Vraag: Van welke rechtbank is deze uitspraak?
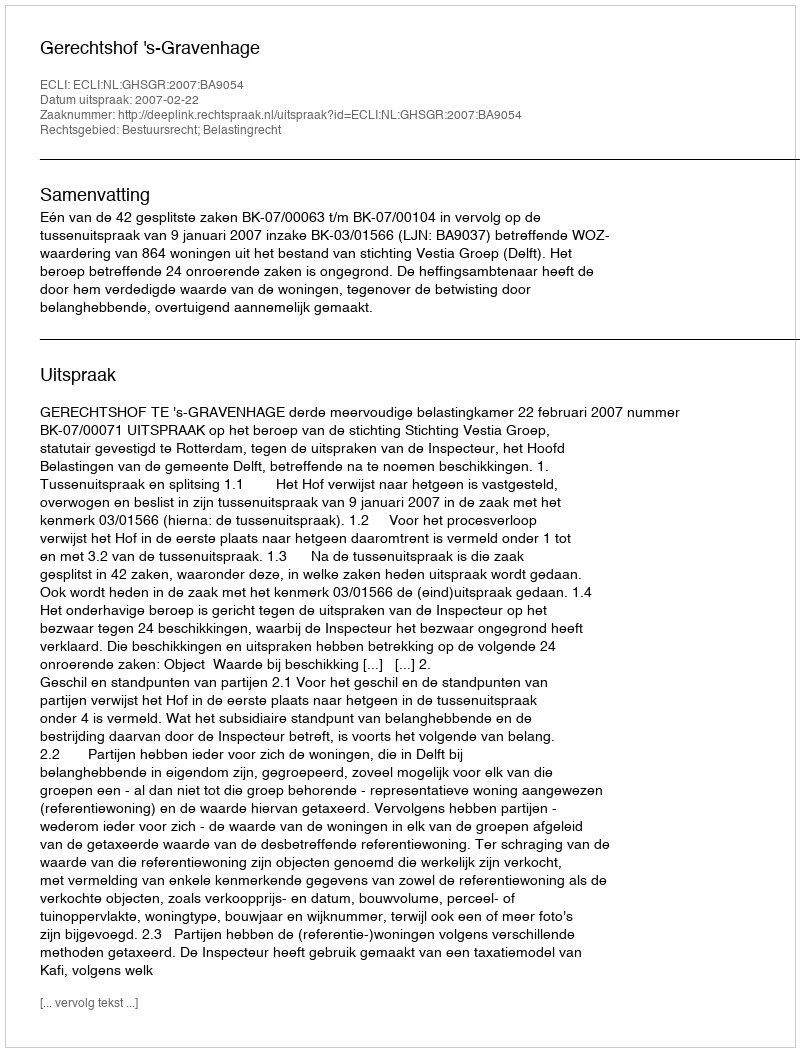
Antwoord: Gerechtshof 's-Gravenhage